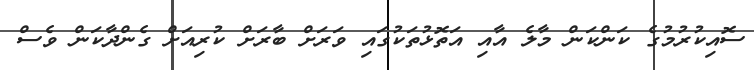
ސޮއިކުރުމުގެ ކަންކަން މާލެ އާއި އަތޮޅުތަކުގައި ވަރަށް ބާރަށް ކުރިއަށް ގެންދާކަން ވެސް